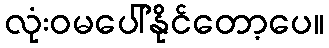
လုံးဝမပေါ်နိုင်တော့ပေ။